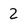
Character: 2